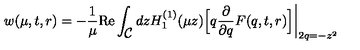
w ( \mu , t , r ) = - \frac { 1 } { \mu } \mathrm { R e } \int _ { \textstyle { \cal C } } d z H _ { 1 } ^ { ( 1 ) } ( \mu z ) \Bigl [ q \frac { \partial } { \partial q } F ( q , t , r ) \Bigr ] \biggl | _ { 2 q = - z ^ { 2 } }